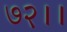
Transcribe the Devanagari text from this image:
७२।।